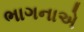
ભાગનાએ